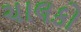
ચાલકો